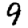
Digit: 9